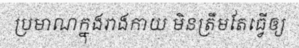
ប្រមាណក្នុងរាងកាយ មិនត្រឹមតែធ្វើឲ្យ